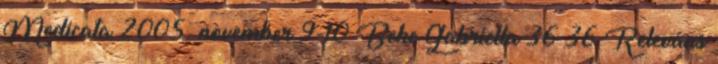
Medicata 2005. november 9-10 Beke Gabriella 36 36 Releváns